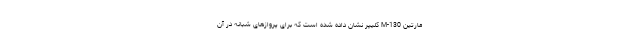
مارتین M-130 کلیپر نشان داده شده است که برای پروازهای شبانه در آن